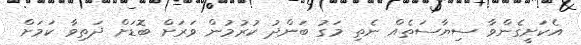
އެކަށީގެންވާ ސިޔާސަތެއް ނެތި މަގު ބަންދު ކުރުމުން ވަރަށް ބޮޑަށް ދަތިވާ ކަމަށް